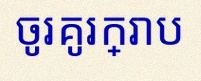
ចូរគូរក្រាប